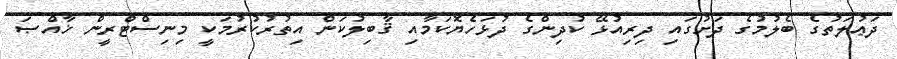
ދަޢުލަތުގެ ބެލުމުގެ ދަށުގައި ދިރިއުޅޭ ކުދިންގެ ދުޅަހެޔޮކަމާއި ޤާބިލުކަން އިތުރުކުރުމަކީ މިނިސްޓްރީން ޚާއްޞަ